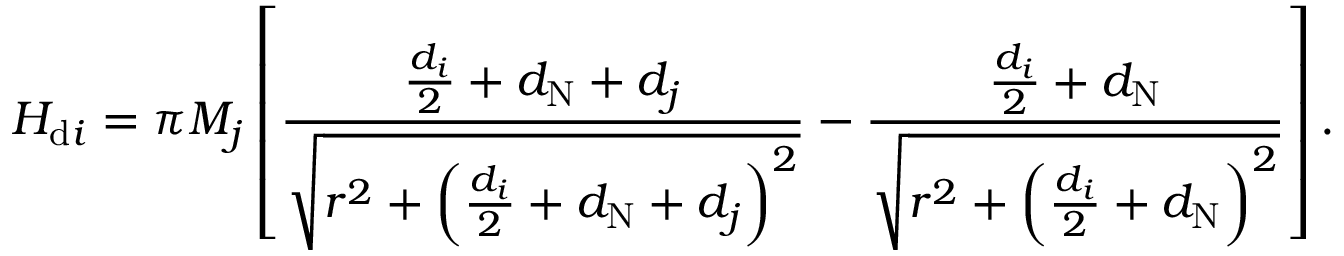
H _ { \mathrm { d } i } = \pi M _ { j } \left[ \frac { \frac { d _ { i } } { 2 } + d _ { \mathrm { N } } + d _ { j } } { \sqrt { r ^ { 2 } + \left( \frac { d _ { i } } { 2 } + d _ { \mathrm { N } } + d _ { j } \right) ^ { 2 } } } - \frac { \frac { d _ { i } } { 2 } + d _ { \mathrm { N } } } { \sqrt { r ^ { 2 } + \left( \frac { d _ { i } } { 2 } + d _ { \mathrm { N } } \right) ^ { 2 } } } \right] .